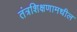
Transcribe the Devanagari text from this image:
तंत्रशिक्षणामधील